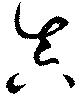
眞